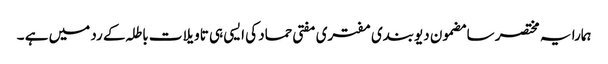
ہمارا یہ مختصر سا مضمون دیوبندی مفتری مفتی حماد کی ایسی ہی تاویلات باطلہ کے رد میں ہے ۔